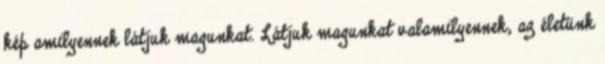
kép amilyennek látjuk magunkat. Látjuk magunkat valamilyennek, az életünk